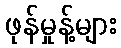
ဖုန်မှုန့်များ